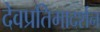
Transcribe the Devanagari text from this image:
देवप्रतिमादर्शन